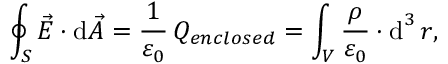
\oint _ { S } { \vec { E } } \cdot \mathrm { d } { \vec { A } } = { \frac { 1 } { \varepsilon _ { 0 } } } \, Q _ { e n c l o s e d } = \int _ { V } { \frac { \rho } { \varepsilon _ { 0 } } } \cdot \operatorname { d } ^ { 3 } r ,